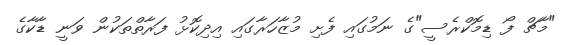
"މާޗް ފޯ ޑިމޮކްރެސީ"ގެ ނަމުގައި ފެށި މުޒާހަރާގައި އިދިކޮޅު ފަރާތްތަކުން ވަނީ ޑާކާގެ